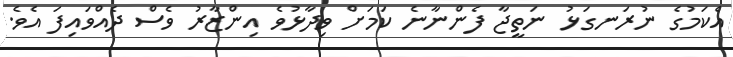
އެކަމުގެ ނުރަނގަޅު ނަތީޖާ ފެންނާނެ ކަމަށް ވިދާޅުވެ އިންޒާރު ވެސް ދެއްވައިފަ އެވެ.